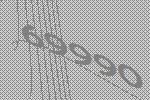
69990